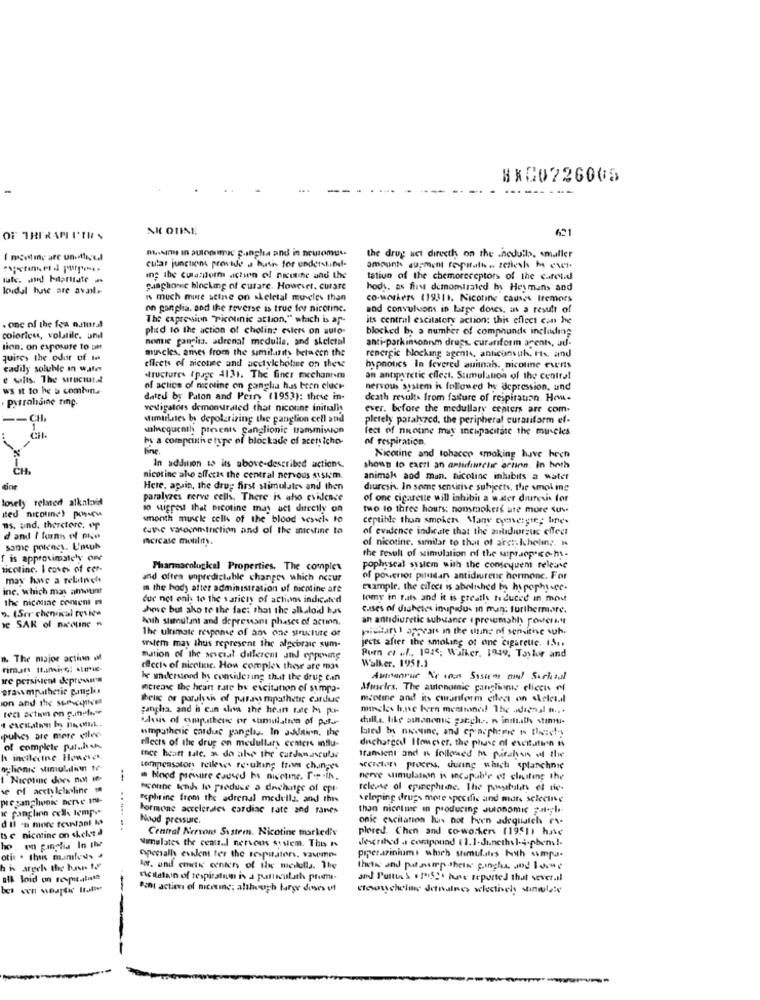
8&CO226005
-
NIC OTINE
621
OF THERAPI ITIES
m.sims In autonomic ganglia and in noutomu ..
cular junctions prendi a basic for understindl.
the drug act directh on the .hoduils, smaller
amounts augment fopstath . zelleth M eur.
ins the cuandorm .ichsen ol nicotine and the
tatiun of the chemoreceptors of the caretad
loidol huse are avail ..
punphonic blocking of curare. However. curare
hod. as first demomisated by Heymans and
w much more seine on skeletal muscles than
co-workers (19311. Nicotine causes Itemors
on ganglia, and the reverse is true fer nicotine.
and convuluons in large dores, ans a result of
The expression "Picolinic action," which is ar-
its central excitatory action: this effect can he
. one of the fea natura
plued to the action of choline eslers on auto-
blocked by a number of comphunde including
colorice, volatile. andl
nomie ganglia. adrenal medulla, and skeletal
anti-parkinsonnm drugs. curanform agents, au-
lion. on exposure to sat
muncles, anes from the similarity between the
quite, the oder of tet
renergic blocking agents, anticonsuh, Fx. and
eadily soluble in water
effects of nicotine and acetylcholine on thew
hypnotics In fevered auinab. nicoline events
e salis. The structural
structures (page 4131. The finer mechantm
an antipyretic effect. Stimulation of the central
ws It to he a combin.
of action of mcoline on ganglia has been cluck-
nervous system is followed hy depression, und
Pytraldine sinp.
dated by Paton and Peiry (1953): these in-
death results from faiture of respiration. How-
vesigalors demonstrated that nicoune initualit
ever. before the medullary centers are com.
-- CHI
Mimtilles b depolarizing the ganglion cell atid
pletely paralyzed, the peripheral curatiform ef-
subacqueath prevents ganglionic transmission
fect of nicotine muy incapacitase the muscles
by a compcine type of blockade of acetsicho-
of respiration.
fine.
Nicotine and tobacco smoking have heen
In addition to its above-described actions.
shown to caett an antidiurehar ariinn. In hoth
nicotine aho affects the central nervous stsim.
animak and man. nicotine inlubits a water
Here, again, the drug first stimulates and then
diuresis. In some sensitive subjects, the smoking
tosely related alkaloid
paralyzes nerve cells. There is ato evidence
of one cigarette will inhibit a witer diuresis for
so stigrest that bicotine mat act directly on
two to three hours: nonsmokers ate more suv-
ited nicotine) posso
smooth muscle cells of the blood sesuche to
ceptible thon smokers. Many cyevergte; bine.
ms, and, theretore.
cute varocmInction and of the mniestine to
of evidence indicate that the audiorzuc effect
d and I fons of me
Icicase mobility.
of nicotine, similar to that of arctichelin ;. n
some polency. L'ouh
f is approximately One
the result of stimulation of the wipssep co-hy-
nicotine. I caves of cer-
Pharmacological Properties, The complex
pophsscal system with the contequem releane
may have a relatiche
and often unpredictable changes which occur
of powersos paludan antidiureuc hermonc. For
ine. which may amount
m the body after administration of nicotine are
example. the cilees is abolished in hypophyse.
the nicole covent m
due not eni to the variety of actions indicated
tomy in fals and it is greatly reduced in mod
2. (Ser chenical revice
chove but aho te the fact that the alkaloid has
cases of diabetes inpidus in man; furthermore.
hoth stimulant and depressant phases of action.
an antidiuretic substance ( presumably posterny
ve SAR of nicotine
The ultimate response of ans one structure of
piekar appears in the urine of sensitive suh.
jects after the smoking of one cigarette. 1 ....
sstem may thus represent the algebraic sum-
1. The major action of
mation of the sescial dillerent and opposing
Purn ct .l ., 1945; Walker, 1949, Taylor and
Walker. 1951.3
caccis of nicotine. How complex these are mas
are persivient depressen
he understood hs considering that the drug can
Awsonrue Se con Systems and Sachant
prawempathetic pmglis
mcrea the heart rate by cicitation of sumpo-
Muscles. The autonomic ganglions clicca of
on and the sunconcet
thellc or paralysis of parawmpathetic cardue
msotine and its curanform etleci on skelesil
puncha. and i can dos the heart rate in par
marcles h.ne been menthine! The adagnal n ...
Mdusis of computhene or sumulation of pela-
dull,s. like amanemes porch .. n inmath stinmu-
umpathetic cardiac ganglas. In addition, the
.puhes are more eller-
dncharged However, the phase of excitation is
of complete pat ... ...
effects of the drug on medullary centers influ-
h incilecine However.
mce heart tale, a do also the cardenascular
tramient and K followed m pirahen ol the
oglione stimulation te-
compensaton relleves re-uking from changes
sector process, during which splanchnie
1 Nicotine does non Me-
Hood premire caused ha nicotine. Per .IN.
nerve simulation is incapable of clifing the
we of acetylcholine
"colbe kends te preduce a dechatge of cpr-
release of epiphone. The postality of the
preganglionic nerve Ina-
"ophrine from the adrenal medulla, and this
veloping drugs more specific and more selecine
Ic ganglion coll temp.
Formone accelerales cardiac rate and ranes
than nicelie in producing Julonomic za .;- l-
dil -a more restant M
Nood pressure.
onic excitation has not been adequalche ev-
ts e nicotine on shelt.d
--......
Central Nervous System. Nicotine marked'v
plesed. Chen and co-workers (1951) have
Jegrihed . compound (1.1-Junethsl.i.pbem !-
ho
en ginglia In IM
Minulates the central nervous system. The i
otis . this manleds .
operalh event ter the respirators, vasme-
piperarinium: which stimulates hyth simpa-
hi argeh the huruns 1de
Bør. and emetic center, of the medulla. The
thets and put.amp.shetre p.inghua, and Ioswe
aik loid on respetalite
Dellatan of respiratom is a particularh premi-
and Pustens & s 1"S"'s have reported that sever.il
Pant action of niceting; although large dones v
ctowuschelme Jetnalnes selectively sinmula's
--
-